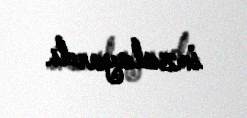
imzalayardı.